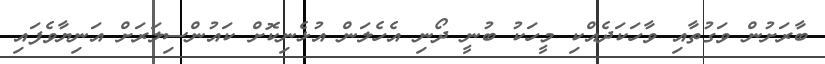
ބާރަށުން ވަގުތާއި ވާހަކަދެއްކި މީހަކު ބުނީ ދޯނި އެހެލަން އުޅެނިކޮށް ކައުންސިލަރަށް އަނިޔާވެފައި